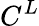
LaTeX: C^{L}